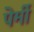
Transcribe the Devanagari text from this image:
पेर्मी